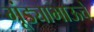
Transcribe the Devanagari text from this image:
गूंड्याभाऊचे